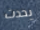
يحدث